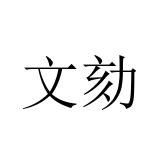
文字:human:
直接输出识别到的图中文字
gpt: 文劾